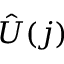
\hat { U } ( j )